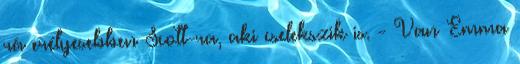
rá erélyesebben Scott-ra, aki cselekszik is. - Van Emma